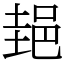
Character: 郌